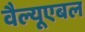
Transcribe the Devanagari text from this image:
वैल्यूएबल